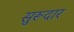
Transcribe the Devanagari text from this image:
सुरूदार